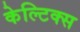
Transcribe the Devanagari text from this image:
केल्टिक्स